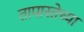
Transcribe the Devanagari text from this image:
तापास्तेच्या